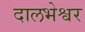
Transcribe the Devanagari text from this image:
दालभेश्वर